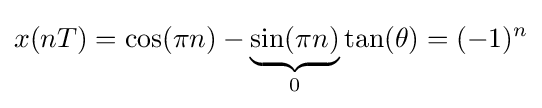
x(nT)=\cos(\pi n)-\underbrace {\sin(\pi n)} _{0}\tan(\theta )=(-1)^{n}